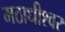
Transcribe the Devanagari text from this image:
मठाधीश्वर